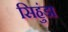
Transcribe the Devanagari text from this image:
सिहुंडा